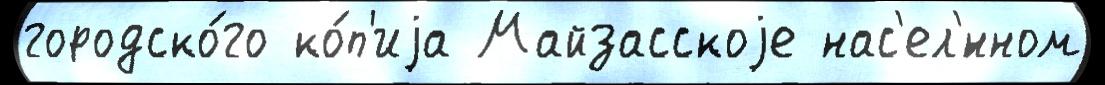
городско́го ко́п'иjа Майзасскоjе нас'ел'́нном